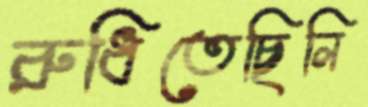
রুধিতেছিলি